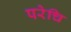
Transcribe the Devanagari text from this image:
परेचि